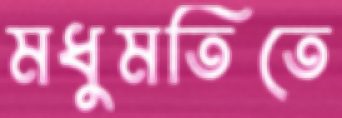
মধুমতিতে